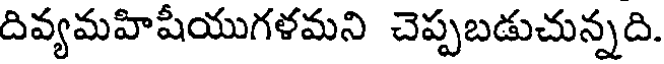
దివ్యమహిషీయుగళమని చెప్పబడుచున్నది.